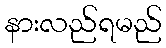
နားလည်ရမည်